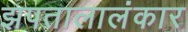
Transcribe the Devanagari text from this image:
झपतालालंकार